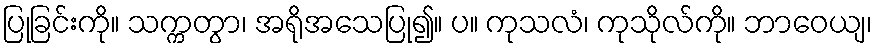
ပြုခြင်းကို။ သက္ကတွာ၊ အရိုအသေပြု၍။ ပ။ ကုသလံ၊ ကုသိုလ်ကို။ ဘာဝေယျ၊